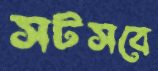
সটসবে